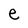
Character: e